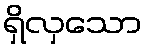
ရှိလှသော